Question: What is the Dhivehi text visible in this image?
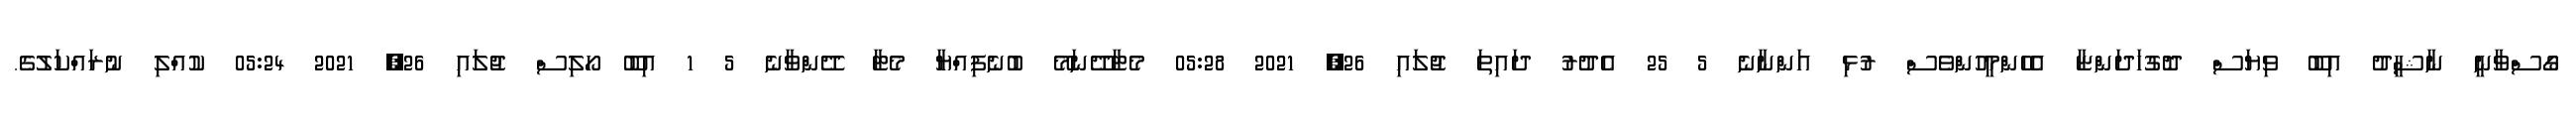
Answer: ގޯސްވާނީ ނާޝީދު އިބޫ ވިޔަސް ދޮގުހަދަންޏާ އެހެންމީހުންވެސް ރުޅި އަންނާނެ 5 25 އެދުރު ދައިތަ ޖުލައި 26, 2021 05:28 މެޓާދޭނަމޭ ބުނެފިއްޔާ މެޓާ ދޭންވާނެ 5 1 އިބޫ ހޯލިސް ޖުލައި 26, 2021 05:24 ކުއްލި ނުރައްކަލުގެ.